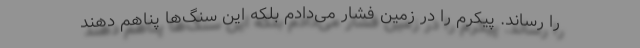
را رساند. پیکرم را در زمین فشار می‌دادم بلکه این سنگ‌ها پناهم دهند